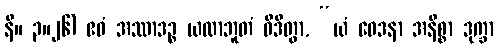
နိ။ ၃။၂၆) ဧဝံ အဿာဒဉ္စ ယထာဘူတံ ဝိဒိတွာ, “ယံ ဝေဒနာ အနိစ္စာ ဒုက္ခာ